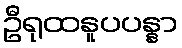
ဦရုထနူပပန္နာ